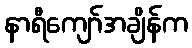
နာရီကျော်အချိန်က